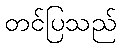
တင်ပြသည်